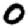
Digit: 0